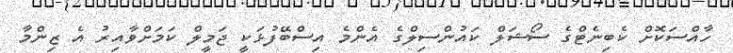
ހާއްސަކޮށް ކެބިނެޓްގެ ސޯޝަލް ކައުންސިލްގެ އެންމެ އިސްބޭފުޅަކީ ޖަމީލް ކަމަށްވާއިރު އެ ޒިންމާ